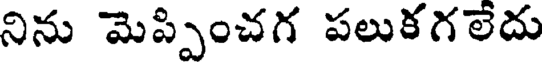
నిను మెప్పించగ పలుకగలేదు